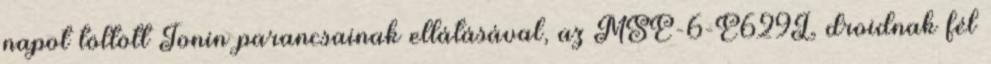
napot töltött Tonin parancsainak ellátásával, az MSE-6-E629L droidnak fél